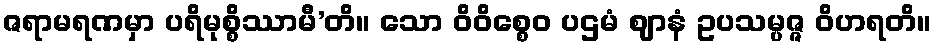
ဇရာမရဏမှာ ပရိမုစ္စိဿာမီ’တိ။ သော ဝိဝိစ္စေဝ ပဌမံ ဈာနံ ဥပသမ္ပဇ္ဇ ဝိဟရတိ။